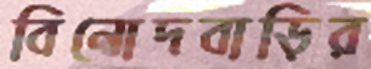
বিনোদবাড়ির